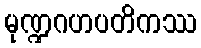
မုဏ္ဍဂဟပတိကဿ